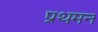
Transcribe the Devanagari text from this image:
प्रथमन